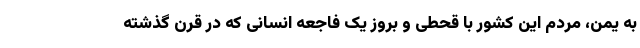
به یمن، مردم این کشور با قحطی و بروز یک فاجعه انسانی که در قرن گذشته